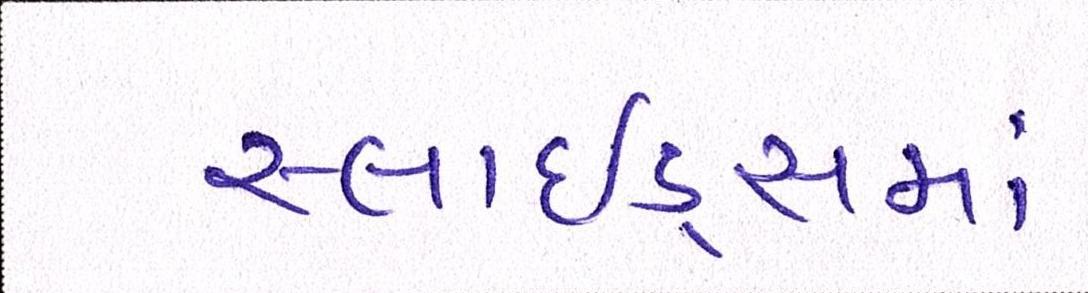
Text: સ્લાઇડ્સમાં